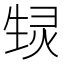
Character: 𬎶